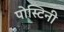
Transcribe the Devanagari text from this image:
पोस्टिनी